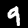
Digit: 9